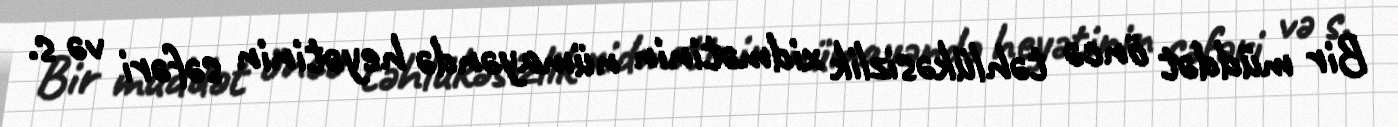
Bir müddət öncə təhlükəsizlik xidmətinin nümayəndə heyətinin səfəri və s.